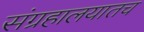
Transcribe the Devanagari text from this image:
संग्रहालयातच